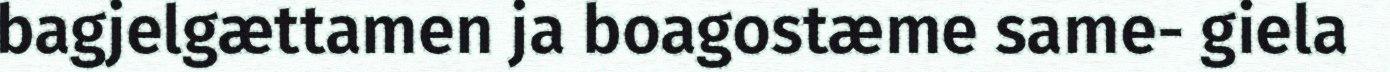
bagjelgættamen ja boagostæme same- giela